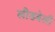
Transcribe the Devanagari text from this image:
लीडबेली